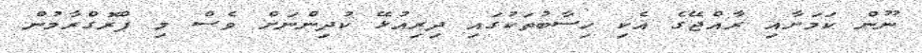
ނޫން ކަމަށާއި ރާއްޖޭގެ އެކި ހިސާބުތަކުގައި ދިރިއުޅޭ ކުދިންނަށް ވެސް މި ޕްރޮގްރާމުން